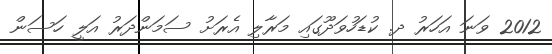
2012 ވަނަ އަހަރު ދ. ކުޑަހުވަދޫގައި މަރާލި އެރަށު ސަމަންދަރު އަލީ ހަސަން